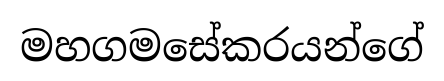
මහගමසේකරයන්ගේ